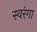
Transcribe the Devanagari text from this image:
स्वरंगा